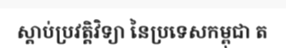
ស្តាប់ប្រវត្តិវិទ្យា នៃប្រទេសកម្ពុជា ត